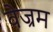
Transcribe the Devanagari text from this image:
वेज्रम